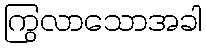
ကြွလာသောအခါ